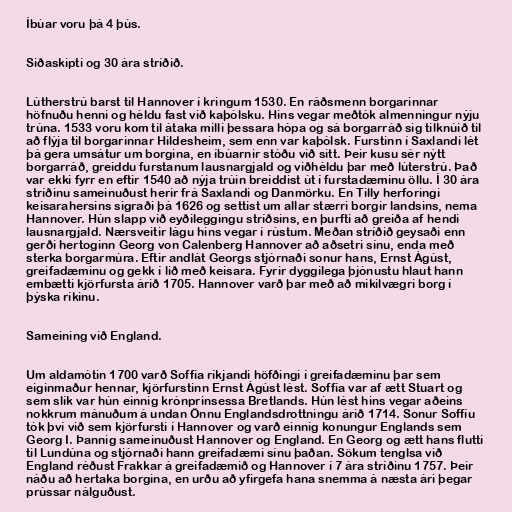
Íbúar voru þá 4 þús.

Siðaskipti og 30 ára stríðið.

Lútherstrú barst til Hannover í kringum 1530. En ráðsmenn borgarinnar
höfnuðu henni og héldu fast við kaþólsku. Hins vegar meðtók almenningur nýju
trúna. 1533 voru kom til átaka milli þessara hópa og sá borgarráð sig tilknúið til
að flýja til borgarinnar Hildesheim, sem enn var kaþólsk. Furstinn í Saxlandi lét
þá gera umsátur um borgina, en íbúarnir stóðu við sitt. Þeir kusu sér nýtt
borgarráð, greiddu furstanum lausnargjald og viðhéldu þar með lúterstrú. Það
var ekki fyrr en eftir 1540 að nýja trúin breiddist út í furstadæminu öllu. Í 30 ára
stríðinu sameinuðust herir frá Saxlandi og Danmörku. En Tilly herforingi
keisarahersins sigraði þá 1626 og settist um allar stærri borgir landsins, nema
Hannover. Hún slapp við eyðileggingu stríðsins, en þurfti að greiða af hendi
lausnargjald. Nærsveitir lágu hins vegar í rústum. Meðan stríðið geysaði enn
gerði hertoginn Georg von Calenberg Hannover að aðsetri sínu, enda með
sterka borgarmúra. Eftir andlát Georgs stjórnaði sonur hans, Ernst Ágúst,
greifadæminu og gekk í lið með keisara. Fyrir dyggilega þjónustu hlaut hann
embætti kjörfursta árið 1705. Hannover varð þar með að mikilvægri borg í
þýska ríkinu.

Sameining við England.

Um aldamótin 1700 varð Soffía ríkjandi höfðingi í greifadæminu þar sem
eiginmaður hennar, kjörfurstinn Ernst Ágúst lést. Soffía var af ætt Stuart og
sem slík var hún einnig krónprinsessa Bretlands. Hún lést hins vegar aðeins
nokkrum mánuðum á undan Önnu Englandsdrottningu árið 1714. Sonur Soffíu
tók því við sem kjörfursti í Hannover og varð einnig konungur Englands sem
Georg I. Þannig sameinuðust Hannover og England. En Georg og ætt hans flutti
til Lundúna og stjórnaði hann greifadæmi sínu þaðan. Sökum tenglsa við
England réðust Frakkar á greifadæmið og Hannover í 7 ára stríðinu 1757. Þeir
náðu að hertaka borgina, en urðu að yfirgefa hana snemma á næsta ári þegar
prússar nálguðust.